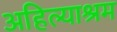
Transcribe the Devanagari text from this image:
अहिल्याश्रम